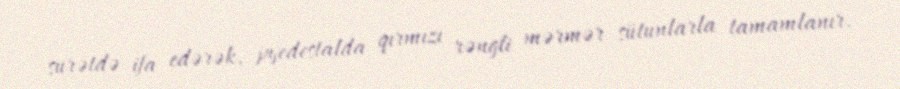
surətdə ifa edərək, pyedestalda qırmızı rəngli mərmər sütunlarla tamamlanır.